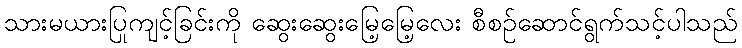
သားမယားပြုကျင့်ခြင်းကို ဆွေးဆွေးမြေ့မြေ့လေး စီစဉ်ဆောင်ရွက်သင့်ပါသည်